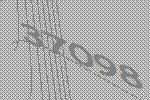
37098